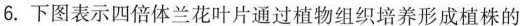
6.下图表示四倍体兰花叶片通过植物组织培养形成植株的